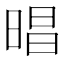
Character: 晿